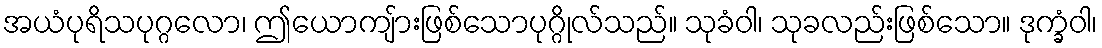
အယံပုရိသပုဂ္ဂလော၊ ဤယောကျ်ားဖြစ်သောပုဂ္ဂိုလ်သည်။ သုခံဝါ၊ သုခလည်းဖြစ်သော။ ဒုက္ခံဝါ၊